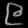
Digit: ၉